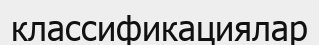
классификациялар